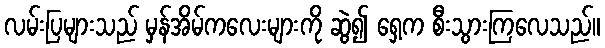
လမ်းပြများသည် မှန်အိမ်ကလေးများကို ဆွဲ၍ ရှေ့က စီးသွားကြလေသည်။